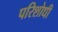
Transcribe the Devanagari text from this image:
परिशोधी